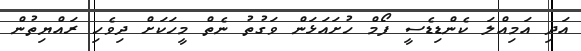
އަދި އަަމިއްލަ ކެންޑިޑެސީ ފޯމް ހުށައަޅަން ވަގުތު ނެތް މީހަކަށް ދިވެހި ރައްޔިތުން